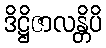
ဒိဋ္ဌိဇာလန္တိပိ